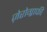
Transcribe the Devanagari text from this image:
ज़ेरोग्राफी